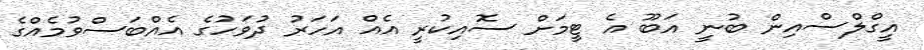
އީގްލްސްއިން ބުނީ އަބޫ އެ ޓީމަށް ސޮއިކުރީ އެއް އަހަރު ދުވަހުގެ އެއްބަސްވުމެއްގެ